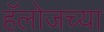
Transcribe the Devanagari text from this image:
हॅलोजच्या